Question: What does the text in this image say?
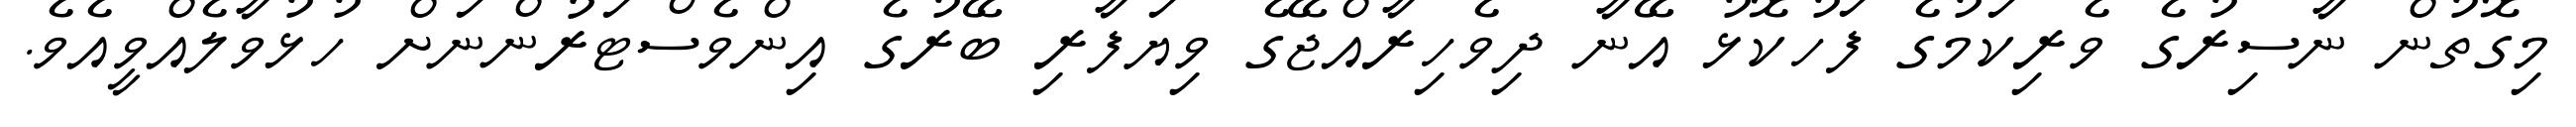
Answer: މިގޮތުން ނާސިރުގެ ވެރިކަމުގެ ފަހުކޮޅު އޭނާ ދިވެހިރާއްޖޭގެ ވިޔަފާރި ބޭރުގެ އިންވެސްޓަރުންނަށް ހުޅުވާލެއްވީއެވެ.